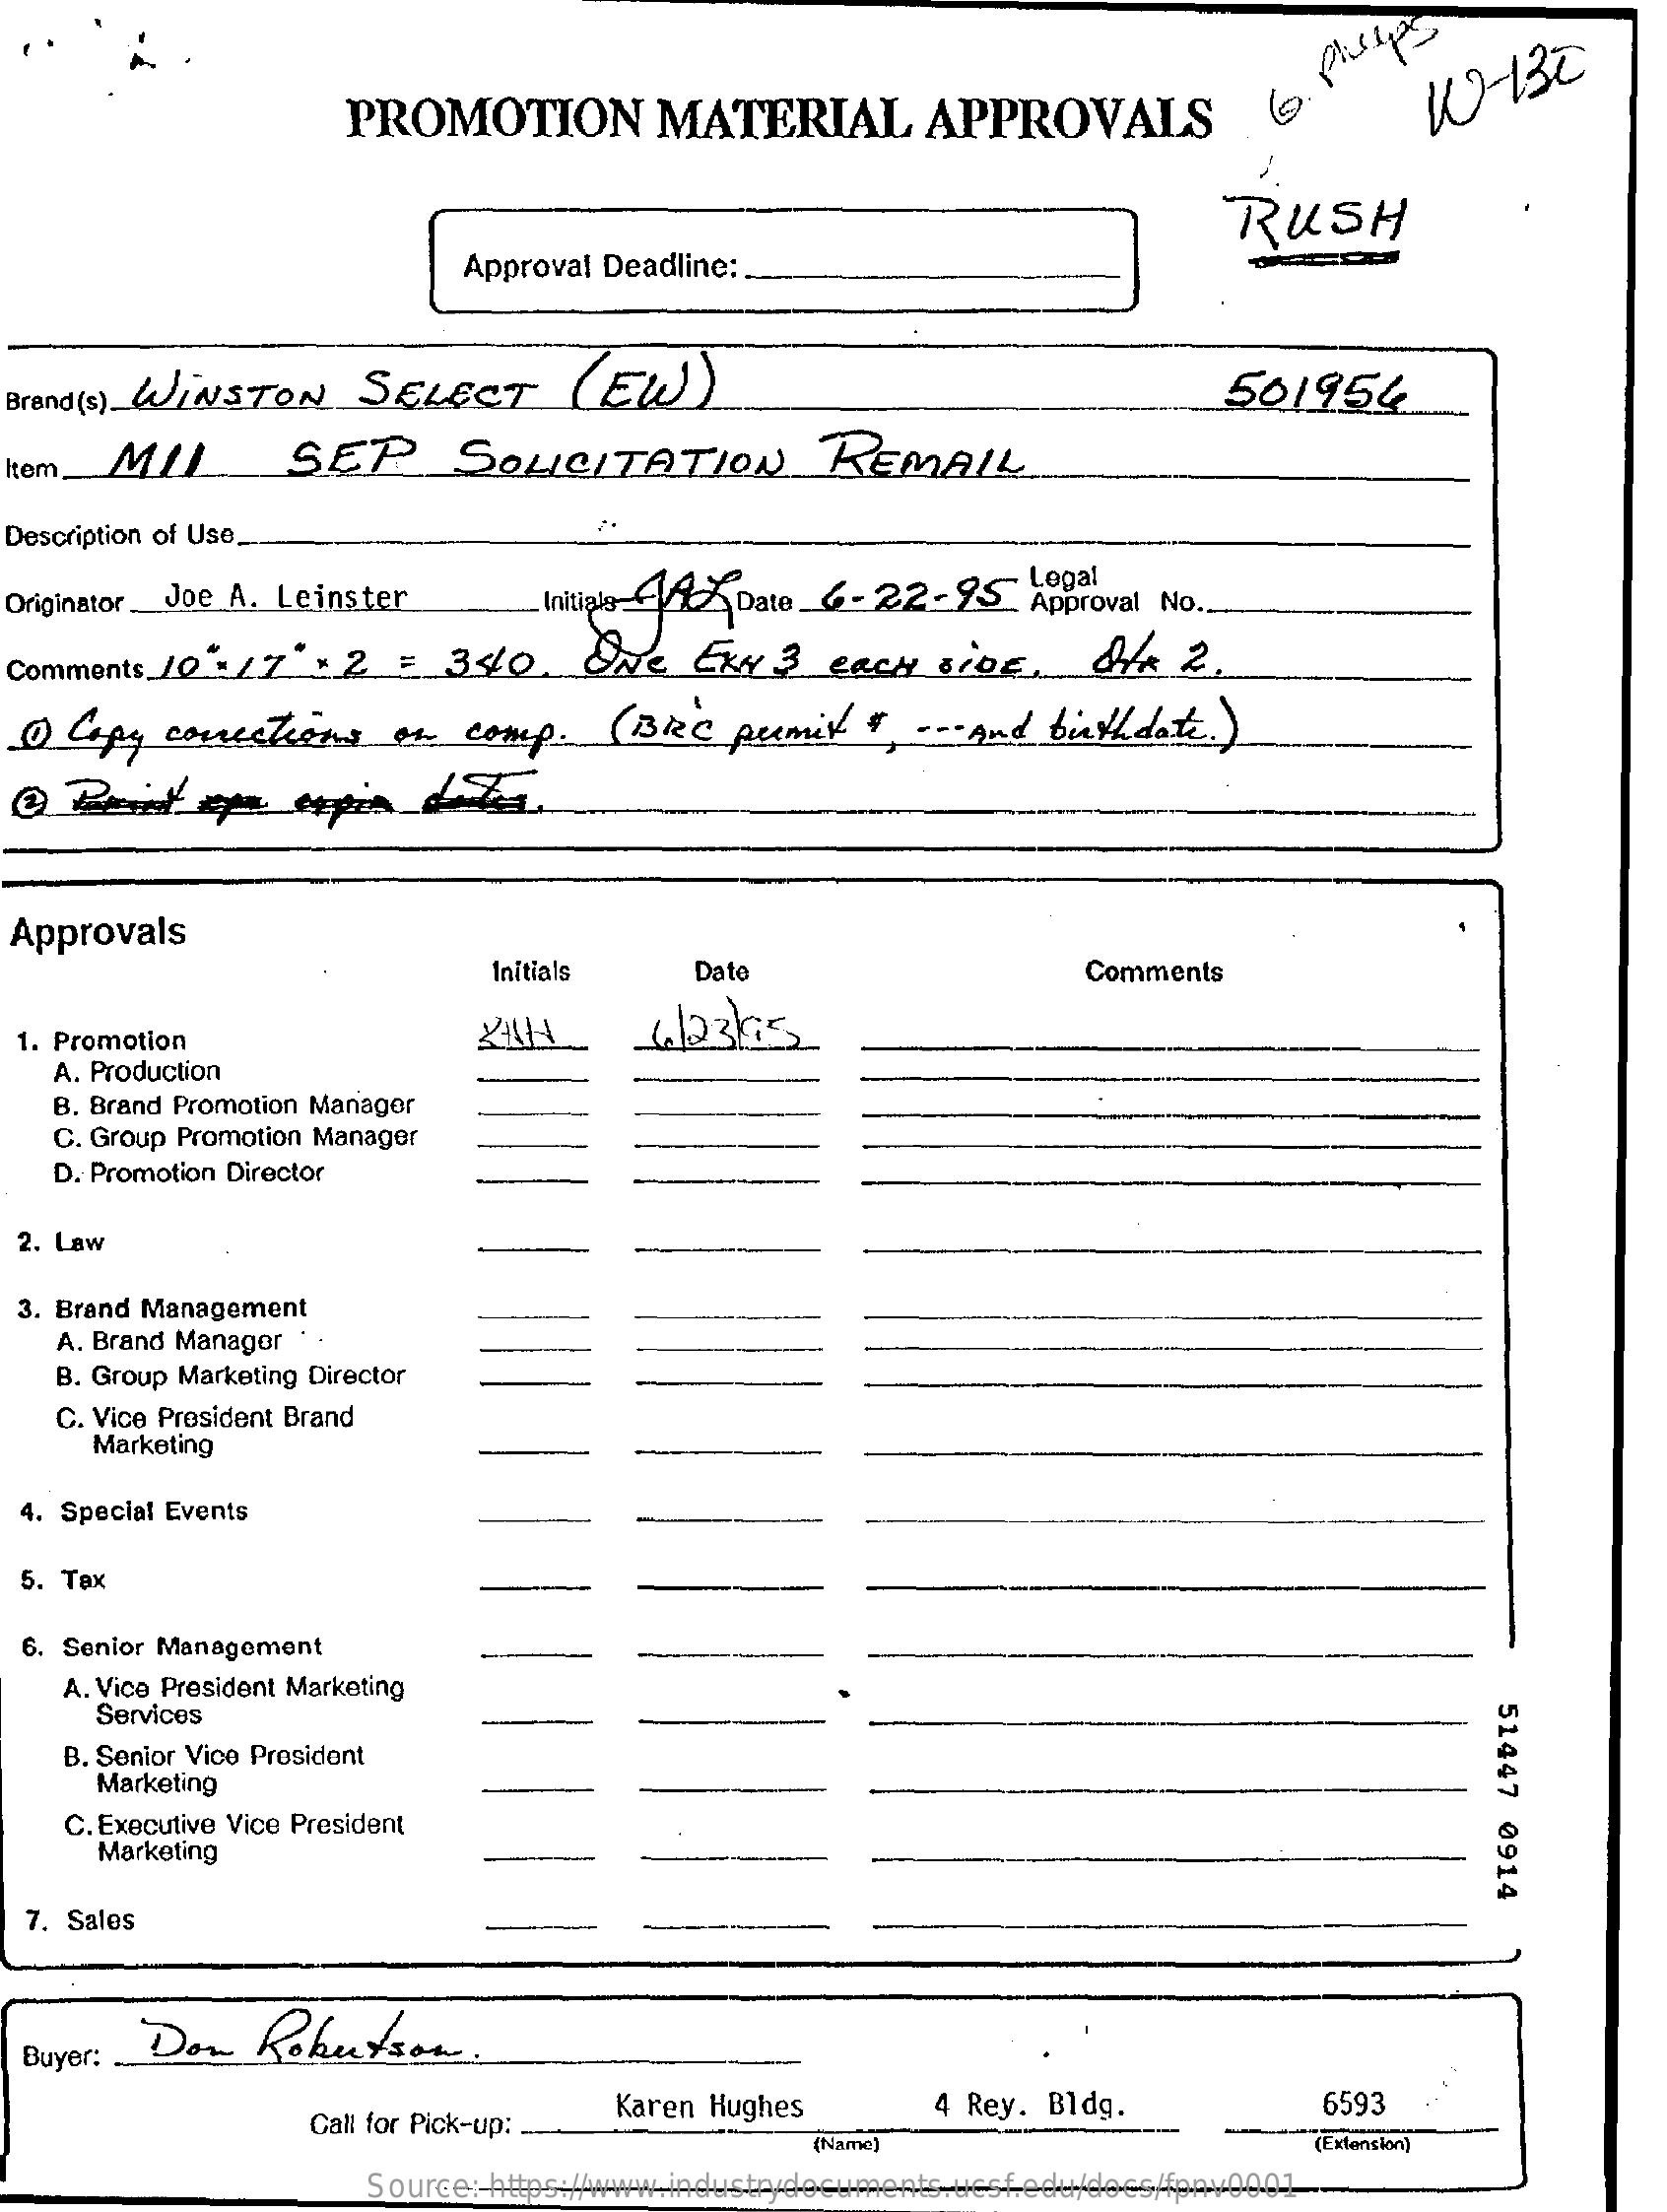
PROMOTION    MATERIAL    APPROVALS
     RUSH
     Approval Deadline: .
  Brand ( s). WINSTON SELECT    (  EW)    501954
  Item, MIL    SEP    SOLICITATION    REMAIL
  Description of Use.
  Originator_Joe A. Leinster    Initials ER Date_6-  22-25    Approval NO.
  Comments 10 - 12  + 2  =   3410.   ONE    ExH   3  each   side,    dia   2.
  1 Copy  connections    on  comp   .  ( BRC   pumit   ", --- And  birthdate. )
  Approvals
     Initials    Date    Comments
  1. Promotion    4/23/5
    A. Production
    B. Brand Promotion Manager
    C. Group Promotion Manager
    D. Promotion Director
  2. Law
  3. Brand Management
    A. Brand Manager '
    B. Group Marketing Director
    C. Vice President Brand
     Marketing
  4. Special Events
  5. Tax
  6. Senior Management
    A. Vice President Marketing
     Services
     51447
     0914
    B. Senior Vice President
     Marketing
     C. Executive Vice President
     Marketing
  7. Sales
  Buyer: . Don  Rokutson    .
     Call for Pick-up:
     Karen Hughes    4 Rey. Bldg.    6593
     (Name)    (Extension)
     Source: https://www.industrydocuments.ucsf.edu/docs/fpnv0001